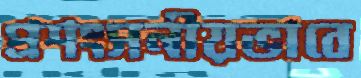
প্রশংসনীয়ভাবে